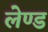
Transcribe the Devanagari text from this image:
लेण्ड